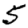
Digit: 5